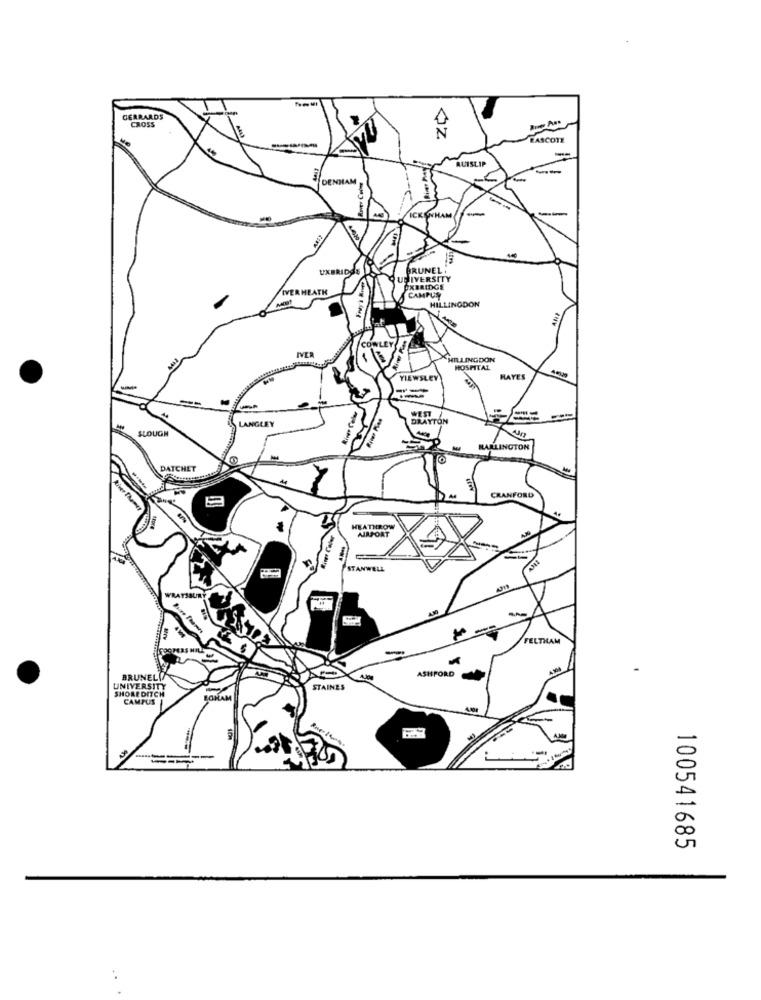
GERRARDS
CROSS
EASCOTE
RUISLIP
DEN
ICKENHAM
--
--
-
UXBRIDGE
BRUNEL .
O UNIVERSITY
IVERHEATH
PXBRIDGE
CAMPUS
HILLINGDON
IVER
WLEY
CHILLINGDON
--
HOSPITAL
VIEWSLEY
HAYES
--
WEST
LANGLEY
DRAYTON
SLOUGH
--
-
HARLINGTON
DATCHET
CRANFORD
fives Caler
HEATHROW
AIRPORT
STANWELL
-
FELTILAM
ASHFORD
BRUNEL 7
UNIVERSITY
SHORE DITCH
STAINES
CAMPUS
BONAM
0
00
100541685